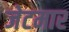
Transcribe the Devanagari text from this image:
जेटमार